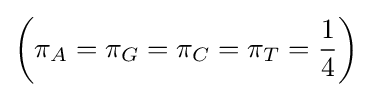
\left(\pi _{A}=\pi _{G}=\pi _{C}=\pi _{T}={1 \over 4}\right)